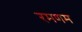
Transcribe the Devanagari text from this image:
रमणम